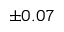
^ { \pm 0 . 0 7 }